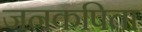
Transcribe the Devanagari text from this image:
जनकपिता